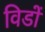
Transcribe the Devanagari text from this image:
विडों